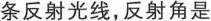
条反射光线，反射角是